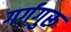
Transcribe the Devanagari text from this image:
गर्गगुरू